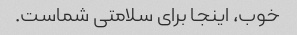
خوب، اینجا برای سلامتی شماست.